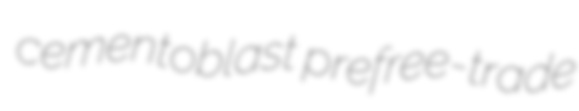
cementoblast prefree-trade